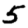
Digit: 5